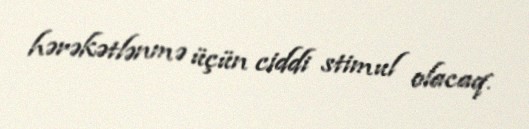
hərəkətlənmə üçün ciddi stimul olacaq.